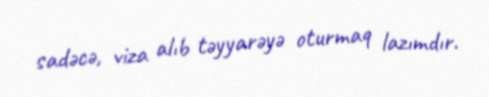
sadəcə, viza alıb təyyarəyə oturmaq lazımdır.